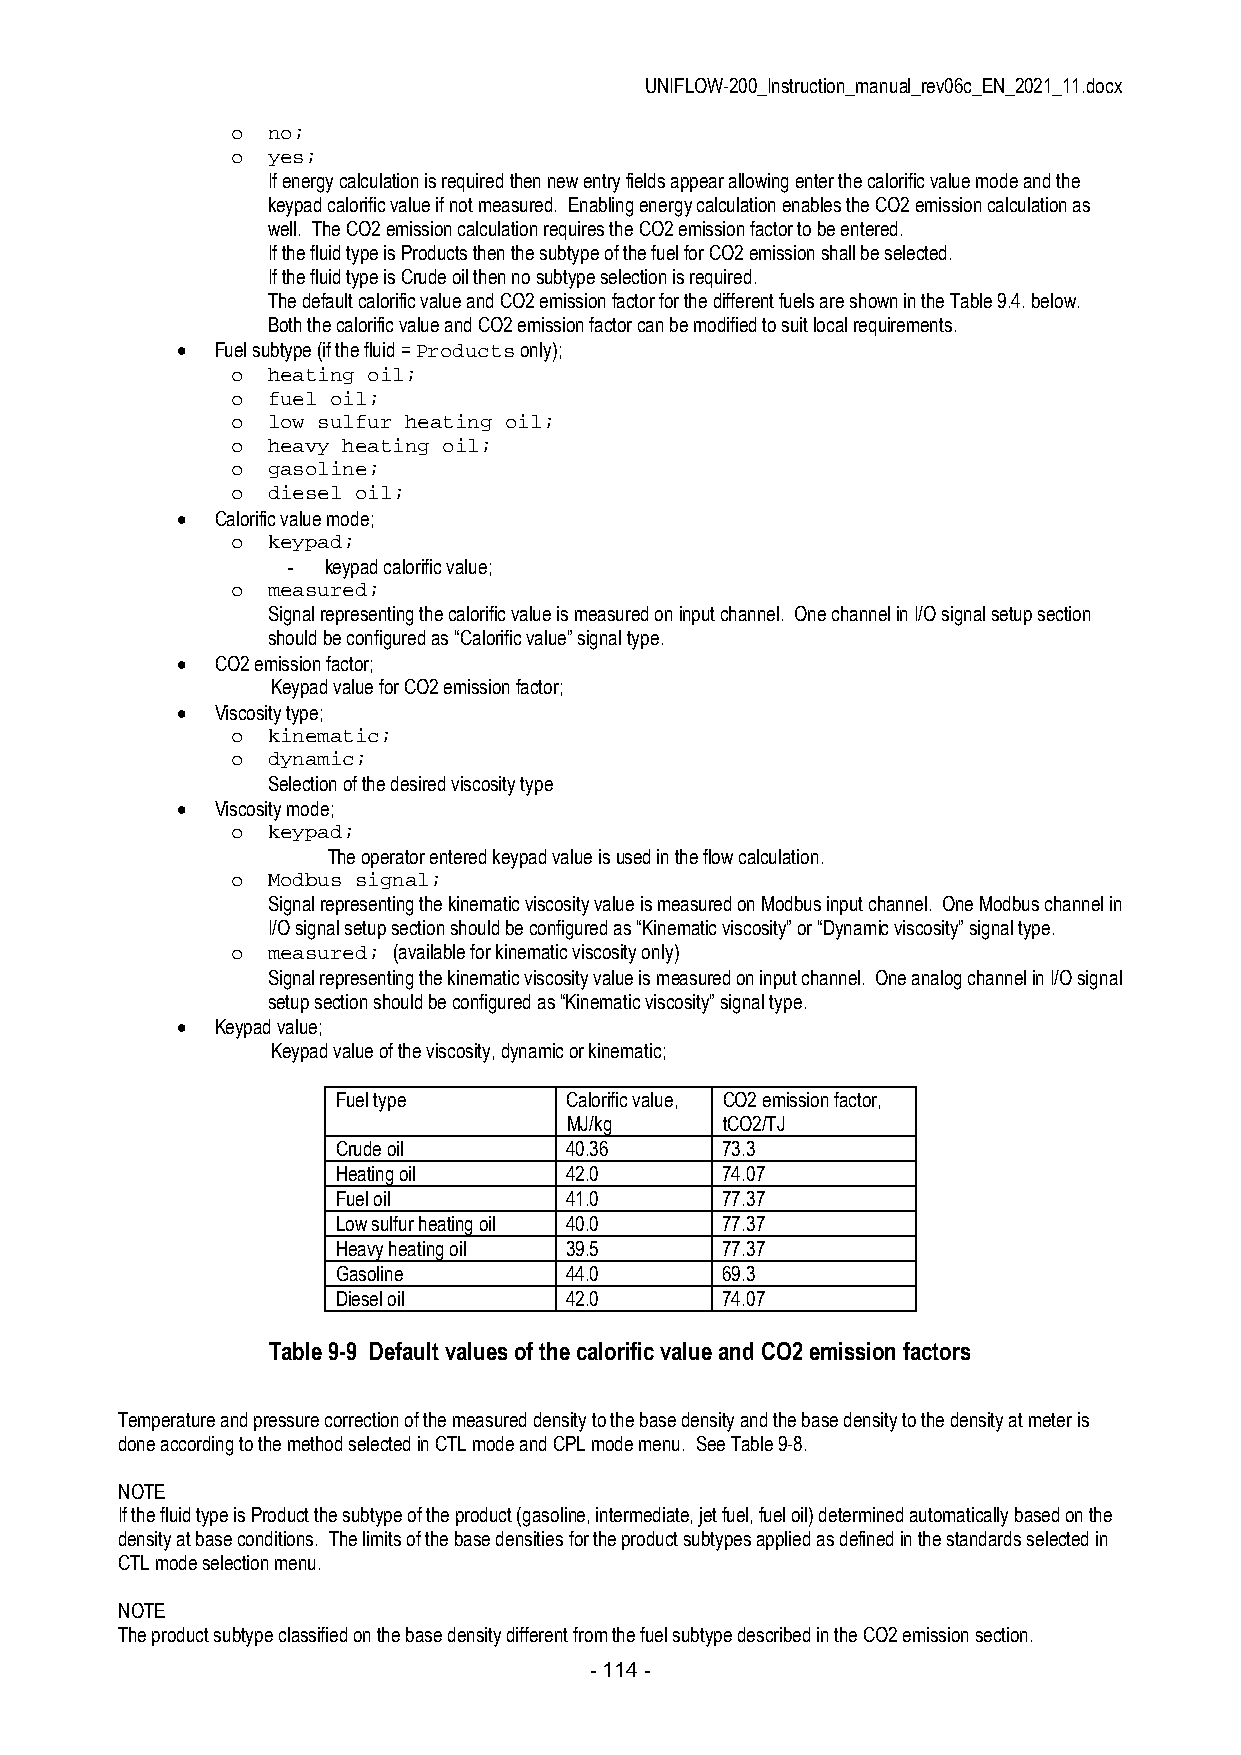
UNIFLOW-200_Instruction_manual_rev06c_EN_2021_11.docx
 o  no;
 o  yes;
 If energy calculation is required then new entry fields appear allowing enter the calorific value mode and the
 keypad calorific value if not measured. Enabling energy calculation enables the CO2 emission calculation as
 well. The CO2 emission calculation requires the CO2 emission factor to be entered.
 If the fluid type is Products then the subtype of the fuel for CO2 emission shall be selected.
 If the fluid type is Crude oil then no subtype selection is required.
 The default calorific value and CO2 emission factor for the different fuels are shown in the Table 9.4. below.
 Both the calorific value and CO2 emission factor can be modified to suit local requirements.
  Fuel subtype (if the fluid = Products only);
 o  heating oil;
 o  fuel oil;
 o  low sulfur heating oil;
 o  heavy heating oil;
 o  gasoline;
 o  diesel oil;
  Calorific value mode;
 o  keypad;
 - keypad calorific value;
 o  measured;
 Signal representing the calorific value is measured on input channel. One channel in I/O signal setup section
 should be configured as “Calorific value” signal type.
  CO2 emission factor;
 Keypad value for CO2 emission factor;
  Viscosity type;
 o  kinematic;
 o  dynamic;
 Selection of the desired viscosity type
  Viscosity mode;
 o  keypad;
 The operator entered keypad value is used in the flow calculation.
 o  Modbus signal;
 Signal representing the kinematic viscosity value is measured on Modbus input channel. One Modbus channel in
 I/O signal setup section should be configured as “Kinematic viscosity” or “Dynamic viscosity” signal type.
 o  measured; (available for kinematic viscosity only)
 Signal representing the kinematic viscosity value is measured on input channel. One analog channel in I/O signal
 setup section should be configured as “Kinematic viscosity” signal type.
  Keypad value;
 Keypad value of the viscosity, dynamic or kinematic;
 Fuel type      Calorific value, CO2 emission factor,
 MJ/kg      tCO2/TJ
 Crude oil      40.36      73.3
 Heating oil    42.0       74.07
 Fuel oil       41.0       77.37
 Low sulfur heating oil 40.0 77.37
 Heavy heating oil 39.5    77.37
 Gasoline       44.0       69.3
 Diesel oil     42.0       74.07
 Table 9-9 Default values of the calorific value and CO2 emission factors
 Temperature and pressure correction of the measured density to the base density and the base density to the density at meter is
 done according to the method selected in CTL mode and CPL mode menu. See Table 9-8.
 NOTE
 If the fluid type is Product the subtype of the product (gasoline, intermediate, jet fuel, fuel oil) determined automatically based on the
 density at base conditions. The limits of the base densities for the product subtypes applied as defined in the standards selected in
 CTL mode selection menu.
 NOTE
 The product subtype classified on the base density different from the fuel subtype described in the CO2 emission section.
 - 114 -